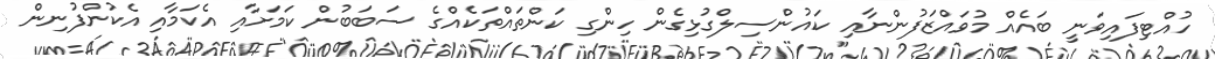
ހުއްޓިފައިވަނީ ބައެއް މުވައްޒަފުންނާއި ކައުންސިލްގުޅިގެން ހިންގި ކަންތައްތަކެއްގެ ސަބަބުން ކަމަށާއި އެކަމާއި އެކުންފުނިން